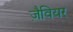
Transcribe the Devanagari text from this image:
ज़ैवियर